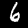
Digit: 6